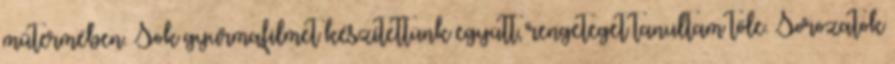
műtermében. Sok gyurmafilmet készítettünk együtt, rengeteget tanultam tőle. Sorozatok